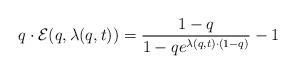
LaTeX: \begin{align*}q\cdot\mathcal{E}(q,\lambda(q,t))=\frac{1-q}{1-qe^{\lambda(q,t)\cdot(1-q)}}-1\end{align*}